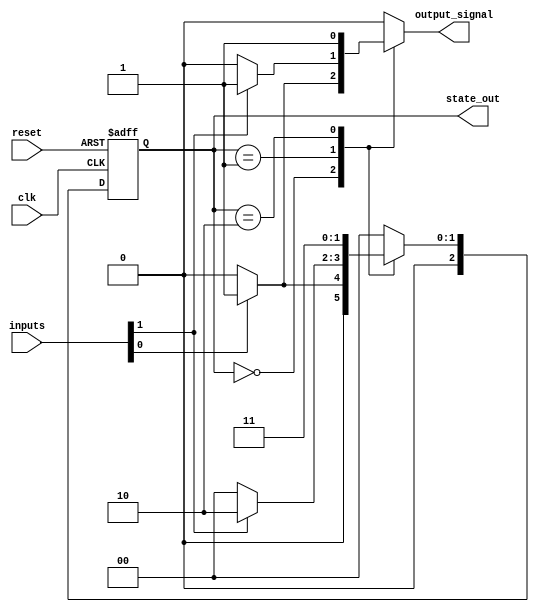
module mealy_fsm #(
    parameter N = 3,            // Number of bits for state representation
    parameter M = 2             // Number of input signals
)(
    input wire clk,             // Clock signal
    input wire reset,           // Asynchronous reset signal
    input wire [M-1:0] inputs,  // Input signals
    output reg [N-1:0] state_out, // Current state output
    output reg output_signal     // Output signal
);

// State encoding
localparam S0 = 3'b000;
localparam S1 = 3'b001;
localparam S2 = 3'b010;
localparam S3 = 3'b011;

// State register
reg [N-1:0] current_state, next_state;

// State transition logic
always @(*) begin
    case (current_state)
        S0: begin
            if (inputs[0]) begin
                next_state = S1;
                output_signal = 1'b1; // Output based on input
            end else begin
                next_state = S0;
                output_signal = 1'b0;
            end
        end
        S1: begin
            if (inputs[1]) begin
                next_state = S2;
                output_signal = 1'b1;
            end else begin
                next_state = S0;
                output_signal = 1'b0;
            end
        end
        S2: begin
            next_state = S3;
            output_signal = 1'b1;
        end
        S3: begin
            next_state = S0;
            output_signal = 1'b0;
        end
        default: begin
            next_state = S0;
            output_signal = 1'b0;
        end
    endcase
end

// State register update
always @(posedge clk or posedge reset) begin
    if (reset) begin
        current_state <= S0; // Initialize to starting state
    end else begin
        current_state <= next_state; // Update to next state
    end
end

// Output state
always @(current_state or inputs) begin
    // Output logic can also be included here if needed
    state_out = current_state;
end

endmodule